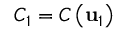
{ \cal C } _ { 1 } = { \cal C } \left( { \bf u } _ { 1 } \right)